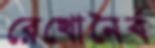
রেখোনৈর্ব